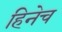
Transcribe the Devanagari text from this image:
हिनेच